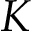
K